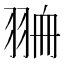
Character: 𦐷